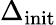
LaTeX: \Delta_{\mathrm{init}}